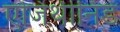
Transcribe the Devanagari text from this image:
एजिथीनिडे